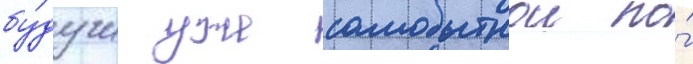
бу́дучи уже самобытнои по́